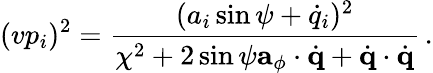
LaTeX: (vp_{i})^{2}=\frac{(a_{i}\sin\psi+\dot{q}_{i})^{2}}{\chi^{2}+2\sin\psi{\mathbf a}_{\phi}\cdot\dot{\mathbf q}+\dot{\mathbf q}\cdot\dot{\mathbf q}}\, .